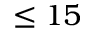
\le 1 5